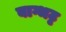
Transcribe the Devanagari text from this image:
बाग्भट्ट